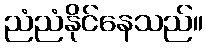
ညံညံနိုင်နေသည်။